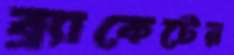
ব্র্যাকেটের